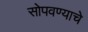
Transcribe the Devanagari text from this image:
सोपवण्याचे